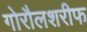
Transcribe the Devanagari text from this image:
गोरौलशरीफ